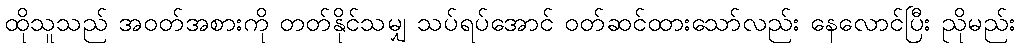
ထိုသူသည် အဝတ်အစားကို တတ်နိုင်သမျှ သပ်ရပ်အောင် ဝတ်ဆင်ထားသော်လည်း နေလောင်ပြီး ညိုမည်း